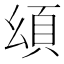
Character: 𩑗